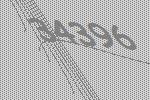
34396